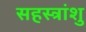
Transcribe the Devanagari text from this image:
सहस्त्रांशु